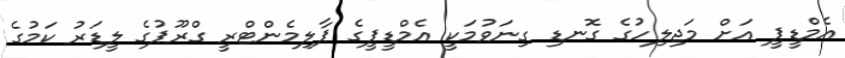
އެމްޑީޕީ އަށް މަޖިލިހުގެ ގޮނޑި ގިނަވުމަކީ އެމްޑީޕީގެ ޕާލިމެންޓްރީ ގްރޫޕުގެ ލީޑަރު ކަމުގެ